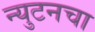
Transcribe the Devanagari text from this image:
न्युटनचा